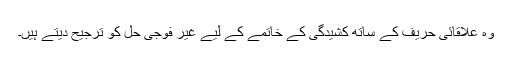
وہ علاقائی حریف کے ساتھ کشیدگی کے خاتمے کے لیے غیر فوجی حل کو ترجیح دیتے ہیں۔